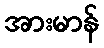
အားမာန်